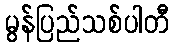
မွန်ပြည်သစ်ပါတီ